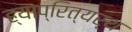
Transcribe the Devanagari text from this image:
ह्याप्रित्यर्थ